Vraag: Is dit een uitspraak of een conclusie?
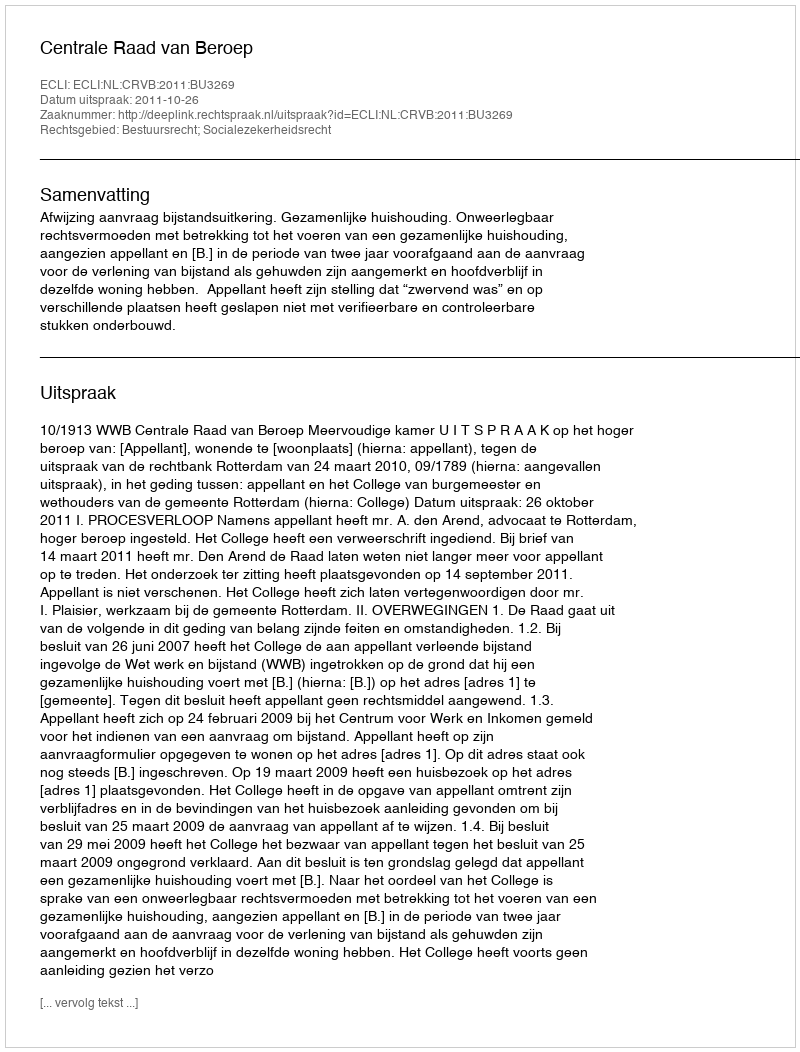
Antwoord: Uitspraak